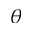
\theta